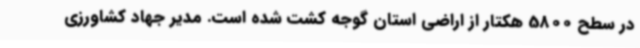
در سطح 5800 هکتار از اراضی استان گوجه کشت شده است. مدیر جهاد کشاورزی